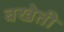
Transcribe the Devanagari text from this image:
बखेती